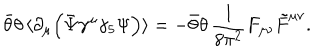
LaTeX: \bar { \theta } \theta \, \langle \partial _ { \mu } \Big ( \bar { \Psi } \gamma ^ { \mu } \gamma _ { 5 } \Psi \Big ) \rangle = - \bar { \theta } \theta \, \frac { 1 } { 8 \pi ^ { 2 } } F _ { \mu \nu } \tilde { F } ^ { \mu \nu } .